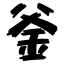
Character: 釜